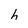
Character: h